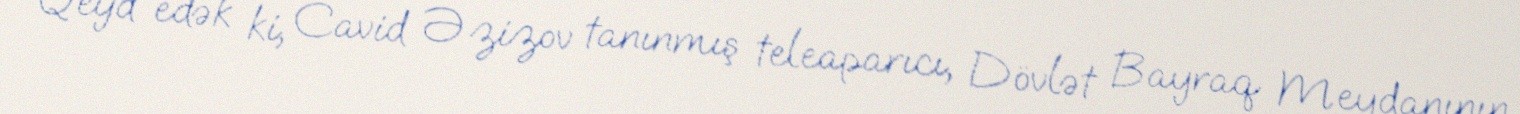
Qeyd edək ki, Cavid Əzizov tanınmış teleaparıcı, Dövlət Bayraq Meydanının